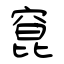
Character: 窤